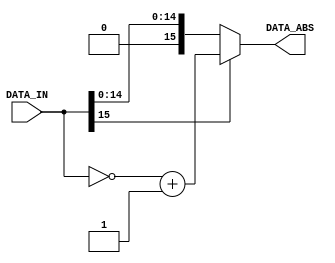
module FxP_ABS_Function
#(
	parameter DATA_WIDTH = 16
)
(
	// Data Signals
	input   [DATA_WIDTH-1:0] DATA_IN,
	output  [DATA_WIDTH-1:0] DATA_ABS
);

	//
	// Two's Complement Absolute Function
	//
	// If the sign-bit (MSB) is high, then
	//    DATA_ABS = ~DATA_IN + 1'b1
	// Else
	//    DATA_ABS = DATA_IN
	//
	assign DATA_ABS = DATA_IN[DATA_WIDTH-1] ? ~DATA_IN + 1'b1 : DATA_IN;

endmodule